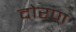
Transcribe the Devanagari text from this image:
दोरण